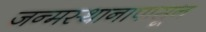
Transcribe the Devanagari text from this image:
जन्मस्थानापासून